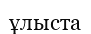
ұлыста